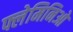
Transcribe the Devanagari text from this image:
फ्लेमिनिओ